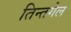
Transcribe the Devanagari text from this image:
तिन्तगेल